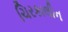
ચિરકાલીન